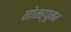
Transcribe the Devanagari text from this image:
नोनह्यूमन